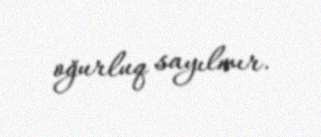
oğurluq sayılmır.